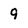
Character: 9